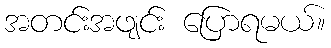
အတင်းအဖျင်း ပြောရမယ်။